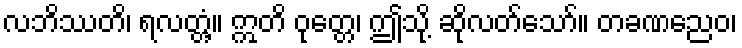
လဘိဿတိ၊ ရလတ္တံ့။ ဣတိ ဝုတ္တေ၊ ဤသို့ ဆိုလတ်သော်။ တခဏညေဝ၊